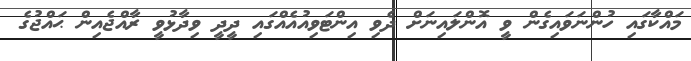
މައްކާގައި ހުންނަވައިގެން ވީ އޮންލައިނަށް ދެވި އިންޓަވިއުއެއްގައި ދީދީ ވިދާޅުވީ ރާއްޖެއިން ޙައްޖުގެ